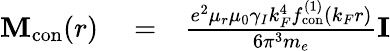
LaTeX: \begin{array}{rlr}{\mathbf{M}_{\mathrm{con}}(r)}&{{}=}&{\frac{e^{2}\mu_{r}\mu_{0}\gamma_{I}k_{F}^{4}f_{\mathrm{con}}^{(1)}\left(k_{F}r\right)}{6\pi^{3}m_{e}}\mathbf{I}}\end{array}